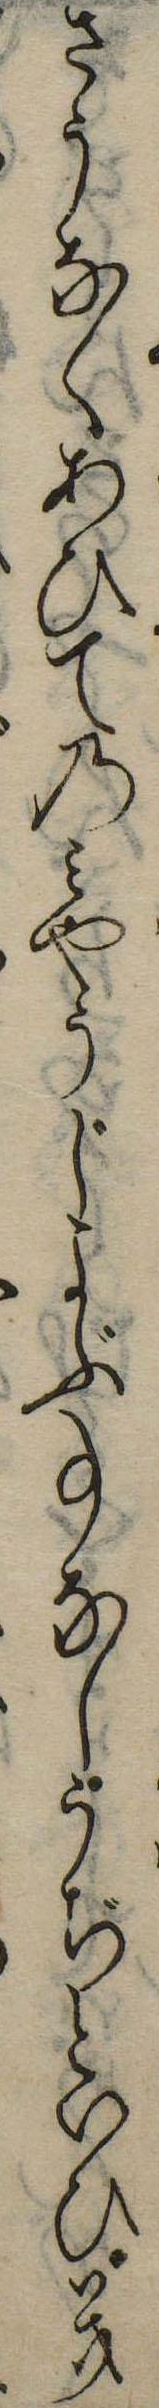
さうなくあひてのみやうじよぶ事なしうぢといひき